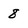
Character: 8